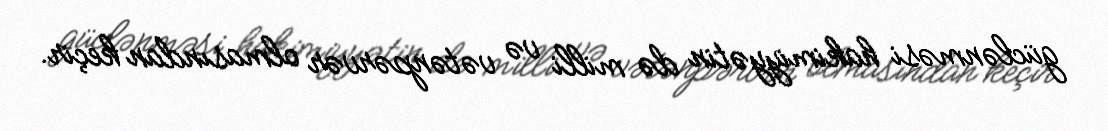
güclənməsi hakimiyyətin də milli və vətənpərvər olmasından keçir.